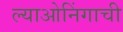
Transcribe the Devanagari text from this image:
ल्याओनिंगाची